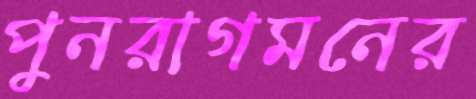
পুনরাগমনের